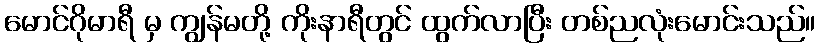
မောင်ဂိုမာရီ မှ ကျွန်မတို့ ကိုးနာရီတွင် ထွက်လာပြီး တစ်ညလုံးမောင်းသည်။